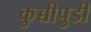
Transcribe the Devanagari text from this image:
कुच्चीपुडी